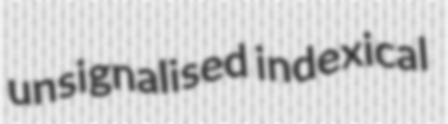
unsignalised indexical